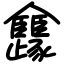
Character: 㒪